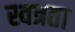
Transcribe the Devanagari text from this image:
स्वत्रता